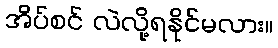
အိပ်စင် လဲလို့ရနိုင်မလား။